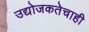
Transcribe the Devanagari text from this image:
उद्योजकतेचाही